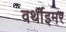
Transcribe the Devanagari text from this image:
वर्थाइमर